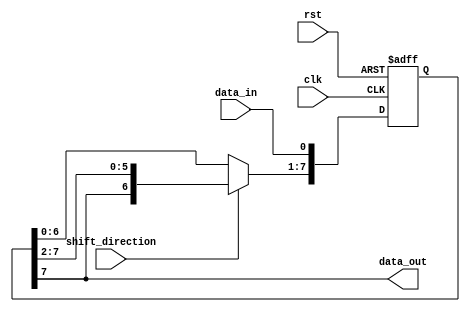
module SISO_shift_register (
    input data_in,
    input clk,
    input rst,
    input shift_direction,
    output reg data_out
);

reg [7:0] register;

always @(posedge clk or posedge rst) begin
    if (rst) begin
        register <= 8'b0;
    end else begin
        if (shift_direction) begin // Right shift
            register <= {register[7], register[7:1]};
        end else begin // Left shift
            register <= {register[6:0], register[0]};
        end
        register[0] <= data_in;
    end
end

assign data_out = register[7];

endmodule